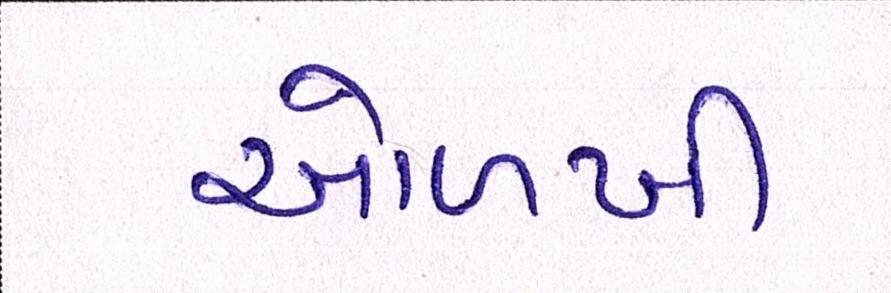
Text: ઓળખી